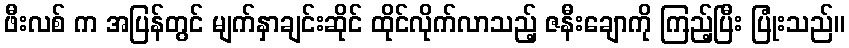
ဖီးလစ် က အပြန်တွင် မျက်နှာချင်းဆိုင် ထိုင်လိုက်လာသည့် ဇနီးချောကို ကြည့်ပြီး ပြုံးသည်။